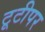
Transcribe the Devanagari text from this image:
टूटीपर